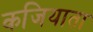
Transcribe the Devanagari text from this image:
कजियाता